Report of the Imperial Institute of Veterinary Research, Muktesar
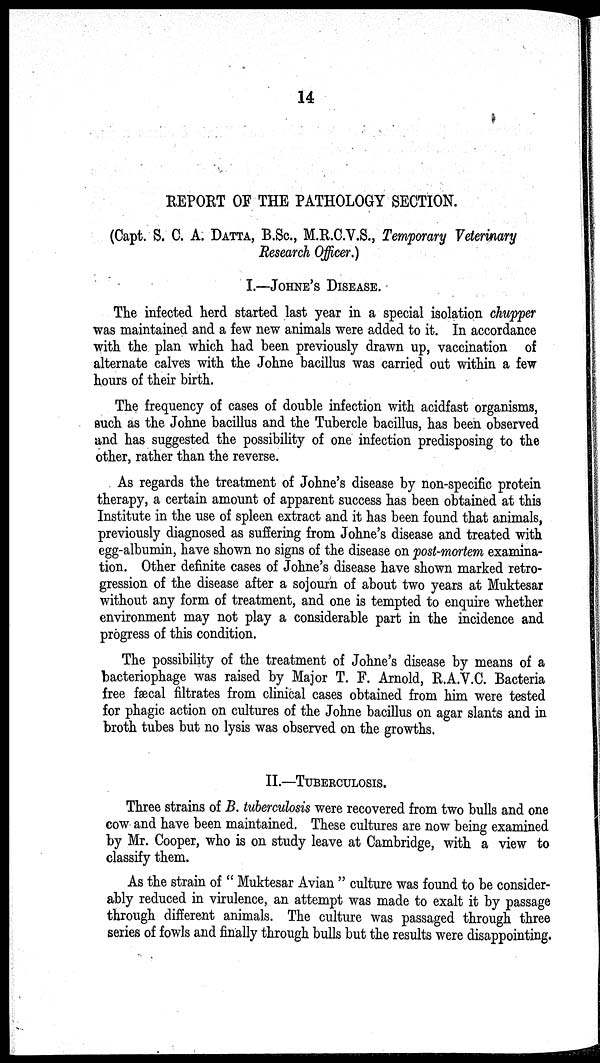
14
REPORT OF THE PATHOLOGY SECTION.
(Capt. S. C. A. DATTA, B.SC., M.R.C.V.S., Temporary Veterinary
Research Officer.)
I.—JOHNE'S DISEASE.
The infected herd started last year in a special isolation chupper
was maintained and a few new animals were added to it. In accordance
with the plan which had been previously drawn up, vaccination of
alternate calves with the Johne bacillus was carried out within a few
hours of their birth.
The frequency of cases of double infection with acidfast organisms,
such as the Johne bacillus and the Tubercle bacillus, has been observed
and has suggested the possibility of one infection predisposing to the
other, rather than the reverse.
As regards the treatment of Johne's disease by non-specific protein
therapy, a certain amount of apparent success has been obtained at this
Institute in the use of spleen extract and it has been found that animals,
previously diagnosed as suffering from Johne's disease and treated with
egg-albumin, have shown no signs of the disease on post-mortem examina-
tion. Other definite cases of Johne's disease have shown marked retro-
gression of the disease after a sojourn of about two years at Muktesar
without any form of treatment, and one is tempted to enquire whether
environment may not play a considerable part in the incidence and
progress of this condition.
The possibility of the treatment of Johne's disease by means of a
bacteriophage was raised by Major T. F. Arnold, R.A.V.C. Bacteria
free fæcal filtrates from clinical cases obtained from him were tested
for phagic action on cultures of the Johne bacillus on agar slants and in
broth tubes but no lysis was observed on the growths.
II.—TUBERCULOSIS.
Three strains of B. tuberculosis were recovered from two bulls and one
cow and have been maintained. These cultures are now being examined
by Mr. Cooper, who is on study leave at Cambridge, with a view to
classify them.
As the strain of " Muktesar Avian " culture was found to be consider-
ably reduced in virulence, an attempt was made to exalt it by passage
through different animals. The culture was passaged through three
series of fowls and finally through bulls but the results were disappointing.